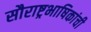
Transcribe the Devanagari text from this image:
सौराष्ट्रभाषिकांची